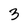
Character: 3